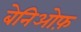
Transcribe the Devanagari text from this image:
बेनिओफ़